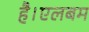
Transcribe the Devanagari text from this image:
है।एलबम